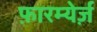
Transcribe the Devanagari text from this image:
फ़ारम्येर्ज़